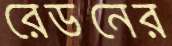
রেডনের